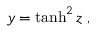
y = \operatorname { t a n h } ^ { 2 } z \; ,